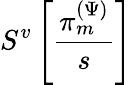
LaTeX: S^{v}\left[\frac{\pi_{m}^{(\Psi)}}{s}\right]